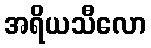
အရိယသီလော